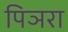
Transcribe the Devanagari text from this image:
पिञरा